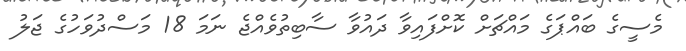
މެސީގެ ބައްޕަގެ މައްޗަށް ކޮށްފައިވާ ދައުވާ ސާބިތުވެއްޖެ ނަމަ 18 މަސްދުވަހުގެ ޖަލު